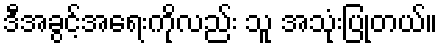
ဒီအခွင့်အရေးကိုလည်း သူ အသုံးပြုတယ်။